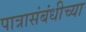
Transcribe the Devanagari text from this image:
पात्रासंबंधीच्या